Civil Veterinary Dept. Bombay admin report 1932-41 - 1932-1941
Year: 1932
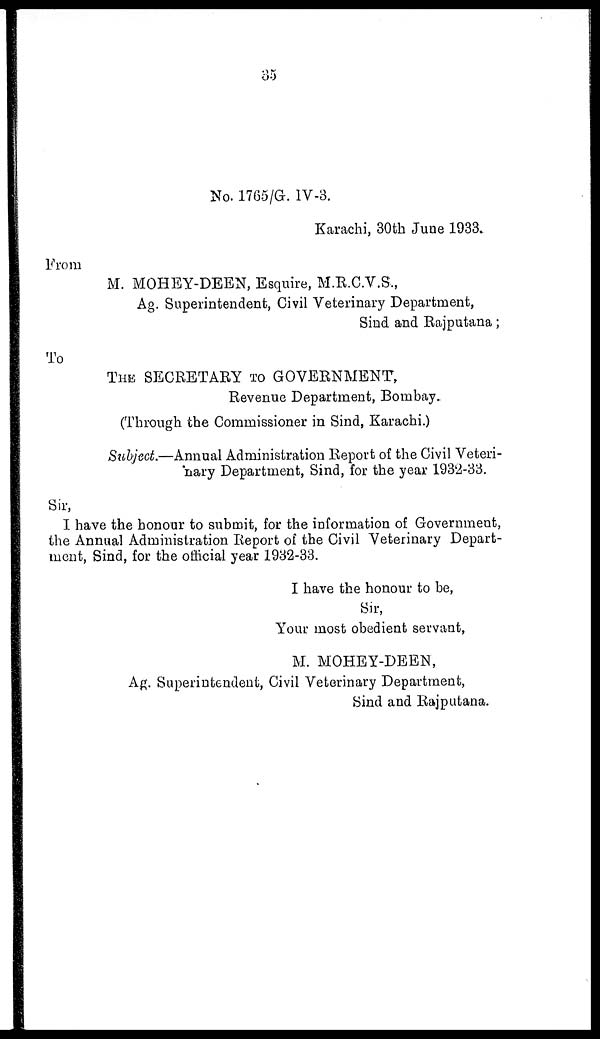
35
No. 1765/G. IV-3.
Karachi, 30th June 1933.
From
M. MOHEY-DEEN, Esquire, M.R.C.V.S.,
Ag. Superintendent, Civil Veterinary Department,
Sind and Rajputana ;
To
THE SECRETARY TO GOVERNMENT,
Revenue Department, Bombay.
(Through the Commissioner in Sind, Karachi.)
Subject.—Annual Administration Report of the Civil Veteri-
nary Department, Sind, for the year 1932-33.
Sir,
I have the honour to submit, for the information of Government,
the Annual Administration Report of the Civil Veterinary Depart-
ment, Sind, for the official year 1932-33.
I have the honour to be,
Sir,
Your most obedient servant,
M. MOHEY-DEEN,
Ag. Superintendent, Civil Veterinary Department,
Sind and Rajputana.